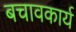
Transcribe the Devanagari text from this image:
बचावकार्य